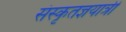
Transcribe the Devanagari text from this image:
संस्कृतज्ञयात्री